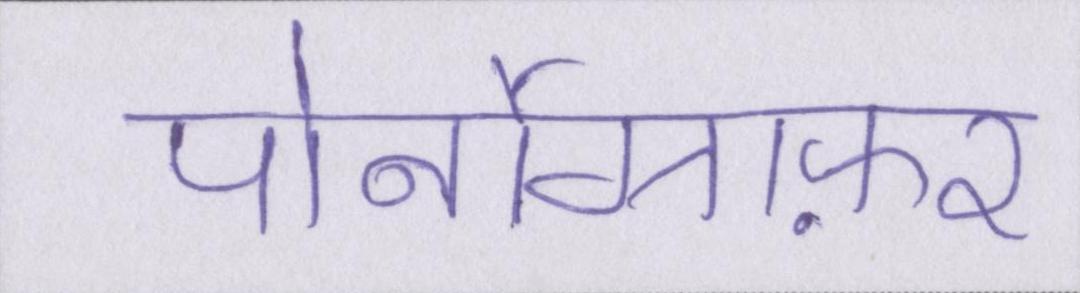
पोर्नोग्राफ़र